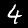
Label: 4